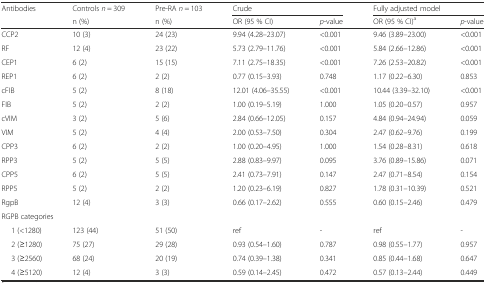
<table><thead><tr><td><b>Antibodies</b></td><td><b>Controls <i>n</i> = 309</b></td><td><b>Pre-RA <i>n</i> = 103</b></td><td colspan="2"><b>Crude</b></td><td colspan="2"><b>Fully adjusted model</b></td></tr><tr><td></td><td><b>n (%)</b></td><td><b>n (%)</b></td><td><b>OR (95 % CI)</b></td><td><b><i>p</i>-value</b></td><td><b>OR (95 % CI)<sup>a</sup></b></td><td><b><i>p</i>-value</b></td></tr></thead><tbody><tr><td>CCP2</td><td>10 (3)</td><td>24 (23)</td><td>9.94 (4.28–23.07)</td><td>&lt;0.001</td><td>9.46 (3.89–23.00)</td><td>&lt;0.001</td></tr><tr><td>RF</td><td>12 (4)</td><td>23 (22)</td><td>5.73 (2.79–11.76)</td><td>&lt;0.001</td><td>5.84 (2.66–12.86)</td><td>&lt;0.001</td></tr><tr><td>CEP1</td><td>6 (2)</td><td>15 (15)</td><td>7.11 (2.75–18.35)</td><td>&lt;0.001</td><td>7.26 (2.53–20.82)</td><td>&lt;0.001</td></tr><tr><td>REP1</td><td>6 (2)</td><td>2 (2)</td><td>0.77 (0.15–3.93)</td><td>0.748</td><td>1.17 (0.22–6.30)</td><td>0.853</td></tr><tr><td>cFIB</td><td>5 (2)</td><td>8 (18)</td><td>12.01 (4.06–35.55)</td><td>&lt;0.001</td><td>10.44 (3.39–32.10)</td><td>&lt;0.001</td></tr><tr><td>FIB</td><td>5 (2)</td><td>2 (2)</td><td>1.00 (0.19–5.19)</td><td>1.000</td><td>1.05 (0.20–0.57)</td><td>0.957</td></tr><tr><td>cVIM</td><td>3 (2)</td><td>5 (6)</td><td>2.84 (0.66–12.05)</td><td>0.157</td><td>4.84 (0.94–24.94)</td><td>0.059</td></tr><tr><td>VIM</td><td>5 (2)</td><td>4 (4)</td><td>2.00 (0.53–7.50)</td><td>0.304</td><td>2.47 (0.62–9.76)</td><td>0.199</td></tr><tr><td>CPP3</td><td>6 (2)</td><td>2 (2)</td><td>1.00 (0.20–4.95)</td><td>1.000</td><td>1.54 (0.28–8.31)</td><td>0.618</td></tr><tr><td>RPP3</td><td>5 (2)</td><td>5 (5)</td><td>2.88 (0.83–9.97)</td><td>0.095</td><td>3.76 (0.89–15.86)</td><td>0.071</td></tr><tr><td>CPP5</td><td>6 (2)</td><td>5 (5)</td><td>2.41 (0.73–7.91)</td><td>0.147</td><td>2.47 (0.71–8.54)</td><td>0.154</td></tr><tr><td>RPP5</td><td>5 (2)</td><td>2 (2)</td><td>1.20 (0.23–6.19)</td><td>0.827</td><td>1.78 (0.31–10.39)</td><td>0.521</td></tr><tr><td>RgpB</td><td>12 (4)</td><td>3 (3)</td><td>0.66 (0.17–2.62)</td><td>0.555</td><td>0.60 (0.15–2.46)</td><td>0.479</td></tr><tr><td colspan="7">RGPB categories</td></tr><tr><td>1 (&lt;1280)</td><td>123 (44)</td><td>51 (50)</td><td>ref</td><td>-</td><td>ref</td><td>-</td></tr><tr><td>2 (≥1280)</td><td>75 (27)</td><td>29 (28)</td><td>0.93 (0.54–1.60)</td><td>0.787</td><td>0.98 (0.55–1.77)</td><td>0.957</td></tr><tr><td>3 (≥2560)</td><td>68 (24)</td><td>20 (19)</td><td>0.74 (0.39–1.38)</td><td>0.341</td><td>0.85 (0.44–1.68)</td><td>0.647</td></tr><tr><td>4 (≥5120)</td><td>12 (4)</td><td>3 (3)</td><td>0.59 (0.14–2.45)</td><td>0.472</td><td>0.57 (0.13–2.44)</td><td>0.449</td></tr></tbody></table>